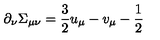
\partial _ { \nu } \Sigma _ { \mu \nu } = { \frac { 3 } { 2 } } u _ { \mu } - v _ { \mu } - { \frac { 1 } { 2 } }